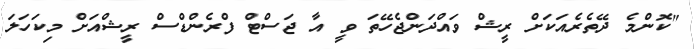
"ކޮންމެ ދޭތެރެއަކަށް ރީޝް ވައްދަންޖެހޭތަ ވީ އާ ޖަސްޓް ފްރެންޑްސް ރީޝްއަށް މިކަހަލަ